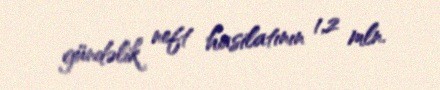
gündəlik neft hasilatının 1,2 mln.